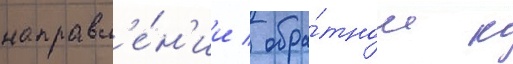
направл'е́н'ии / обра́тном к